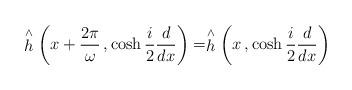
LaTeX: \begin{align*} \stackrel{\wedge }{h} \left( x + \frac{2\pi}{\omega}\, ,\cosh\frac{i}{2}\frac{d}{dx} \right) = \stackrel{\wedge }{h} \left( x \, ,\cosh\frac{i}{2}\frac{d}{dx} \right)\end{align*}